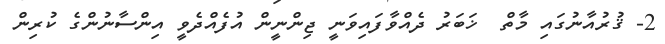
2- ޤުރުއާނުގައި މާތް  ޚަބަރު ދެއްވާފައިވަނީ ޖިންނީން އުފެއްދެވީ އިންސާނުންގެ ކުރިން